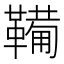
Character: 𫖉